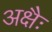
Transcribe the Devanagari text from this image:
अक्षैः